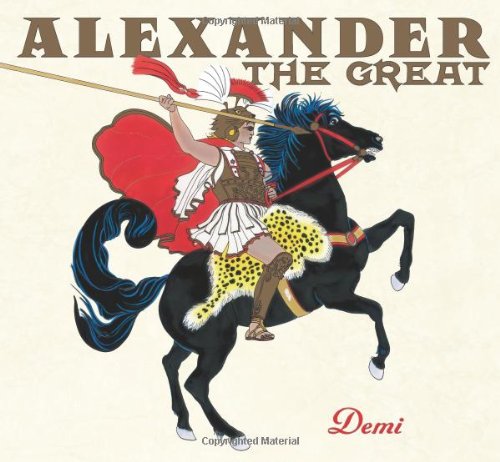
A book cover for Alexander the Great; Demi; Children's Books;